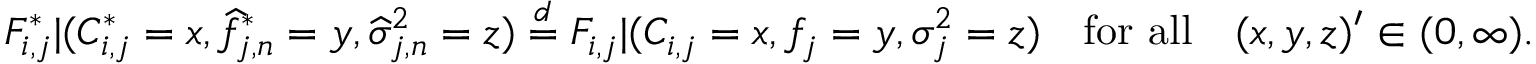
\begin{array} { r } { F _ { i , j } ^ { * } | ( C _ { i , j } ^ { * } = x , \widehat f _ { j , n } ^ { * } = y , \widehat \sigma _ { j , n } ^ { 2 } = z ) \overset { d } { = } F _ { i , j } | ( C _ { i , j } = x , f _ { j } = y , \sigma _ { j } ^ { 2 } = z ) \quad \mathrm { f o r ~ a l l } \quad ( x , y , z ) ^ { \prime } \in ( 0 , \infty ) . } \end{array}